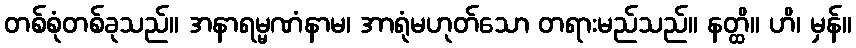
တစ်စုံတစ်ခုသည်။ အနာရမ္မဏံနာမ၊ အာရုံမဟုတ်သော တရားမည်သည်။ နတ္ထိ။ ဟိ၊ မှန်။